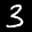
Label: 3